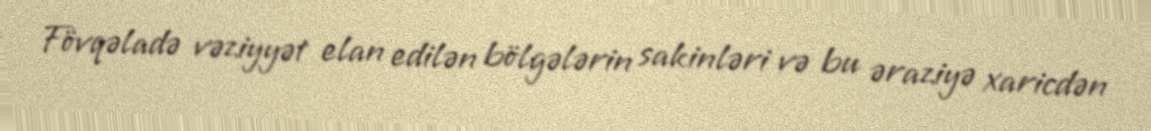
Fövqəladə vəziyyət elan edilən bölgələrin sakinləri və bu əraziyə xaricdən